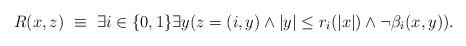
LaTeX: \begin{align*}R(x,z)\ \equiv\ \exists i\in\{0,1\}\exists y(z=(i,y)\wedge |y|\leq r_i(|x|)\wedge \neg\beta_i(x,y)).\end{align*}